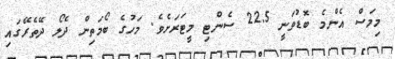
މިމަސް އެންމެ ބޮޑުވަނީ 22.5 ސެންޓި މީޓަރަށެވެ. މަހުގެ ބޯމަތިން ދެލޯ ދޭތެރޭގައި